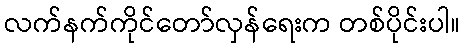
လက်နက်ကိုင်တော်လှန်ရေးက တစ်ပိုင်းပါ။